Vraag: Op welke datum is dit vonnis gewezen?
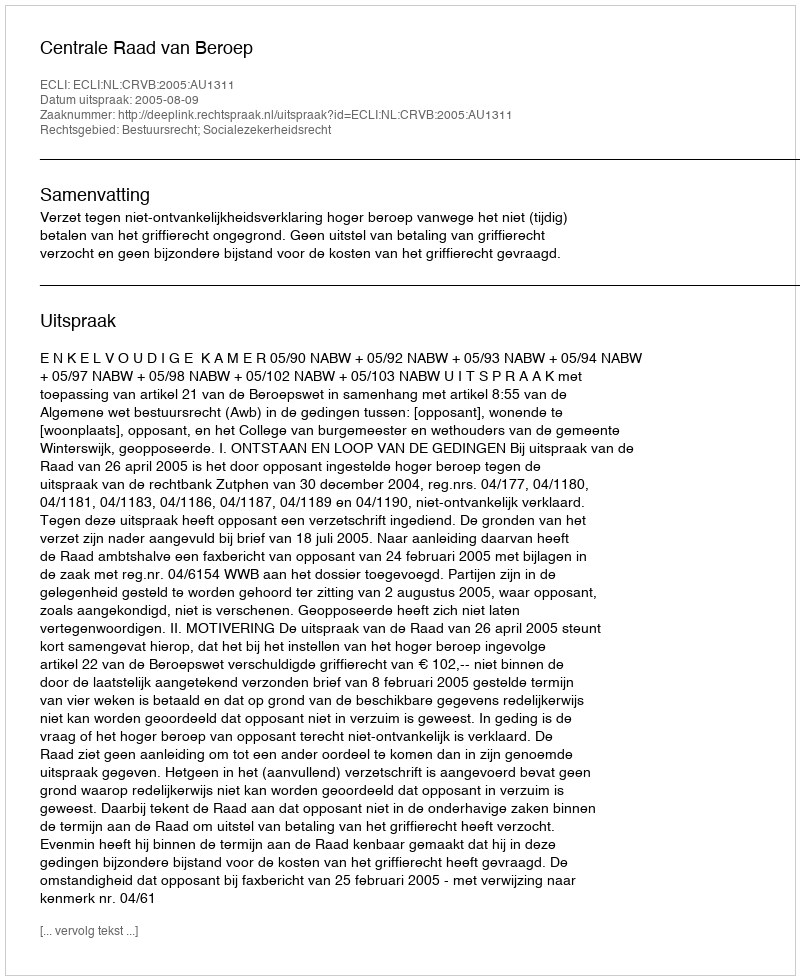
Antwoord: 2005-08-09